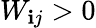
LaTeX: W_{\mathbf{i}j}>0